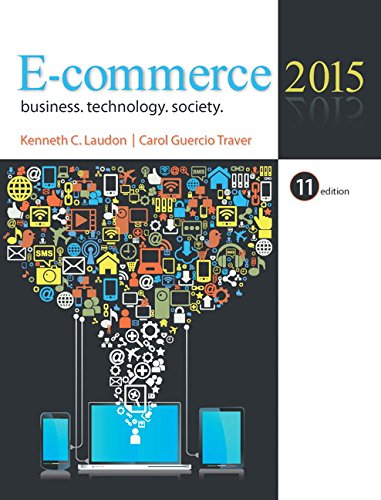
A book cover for E-Commerce 2015 (11th Edition); Kenneth C. Laudon; Business & Money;